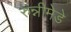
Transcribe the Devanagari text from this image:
रुन्नीमेडे